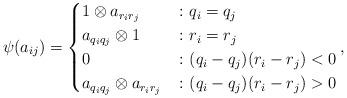
LaTeX: \begin{align*}\psi(a_{ij}) = \begin{cases} 1\otimes a_{r_ir_j} & \colon q_i = q_j\\ a_{q_iq_j}\otimes 1 & \colon r_i = r_j\\ 0 & \colon (q_i-q_j)(r_i-r_j)<0\\ a_{q_iq_j}\otimes a_{r_ir_j} & \colon (q_i-q_j)(r_i-r_j)>0\\ \end{cases}, \end{align*}